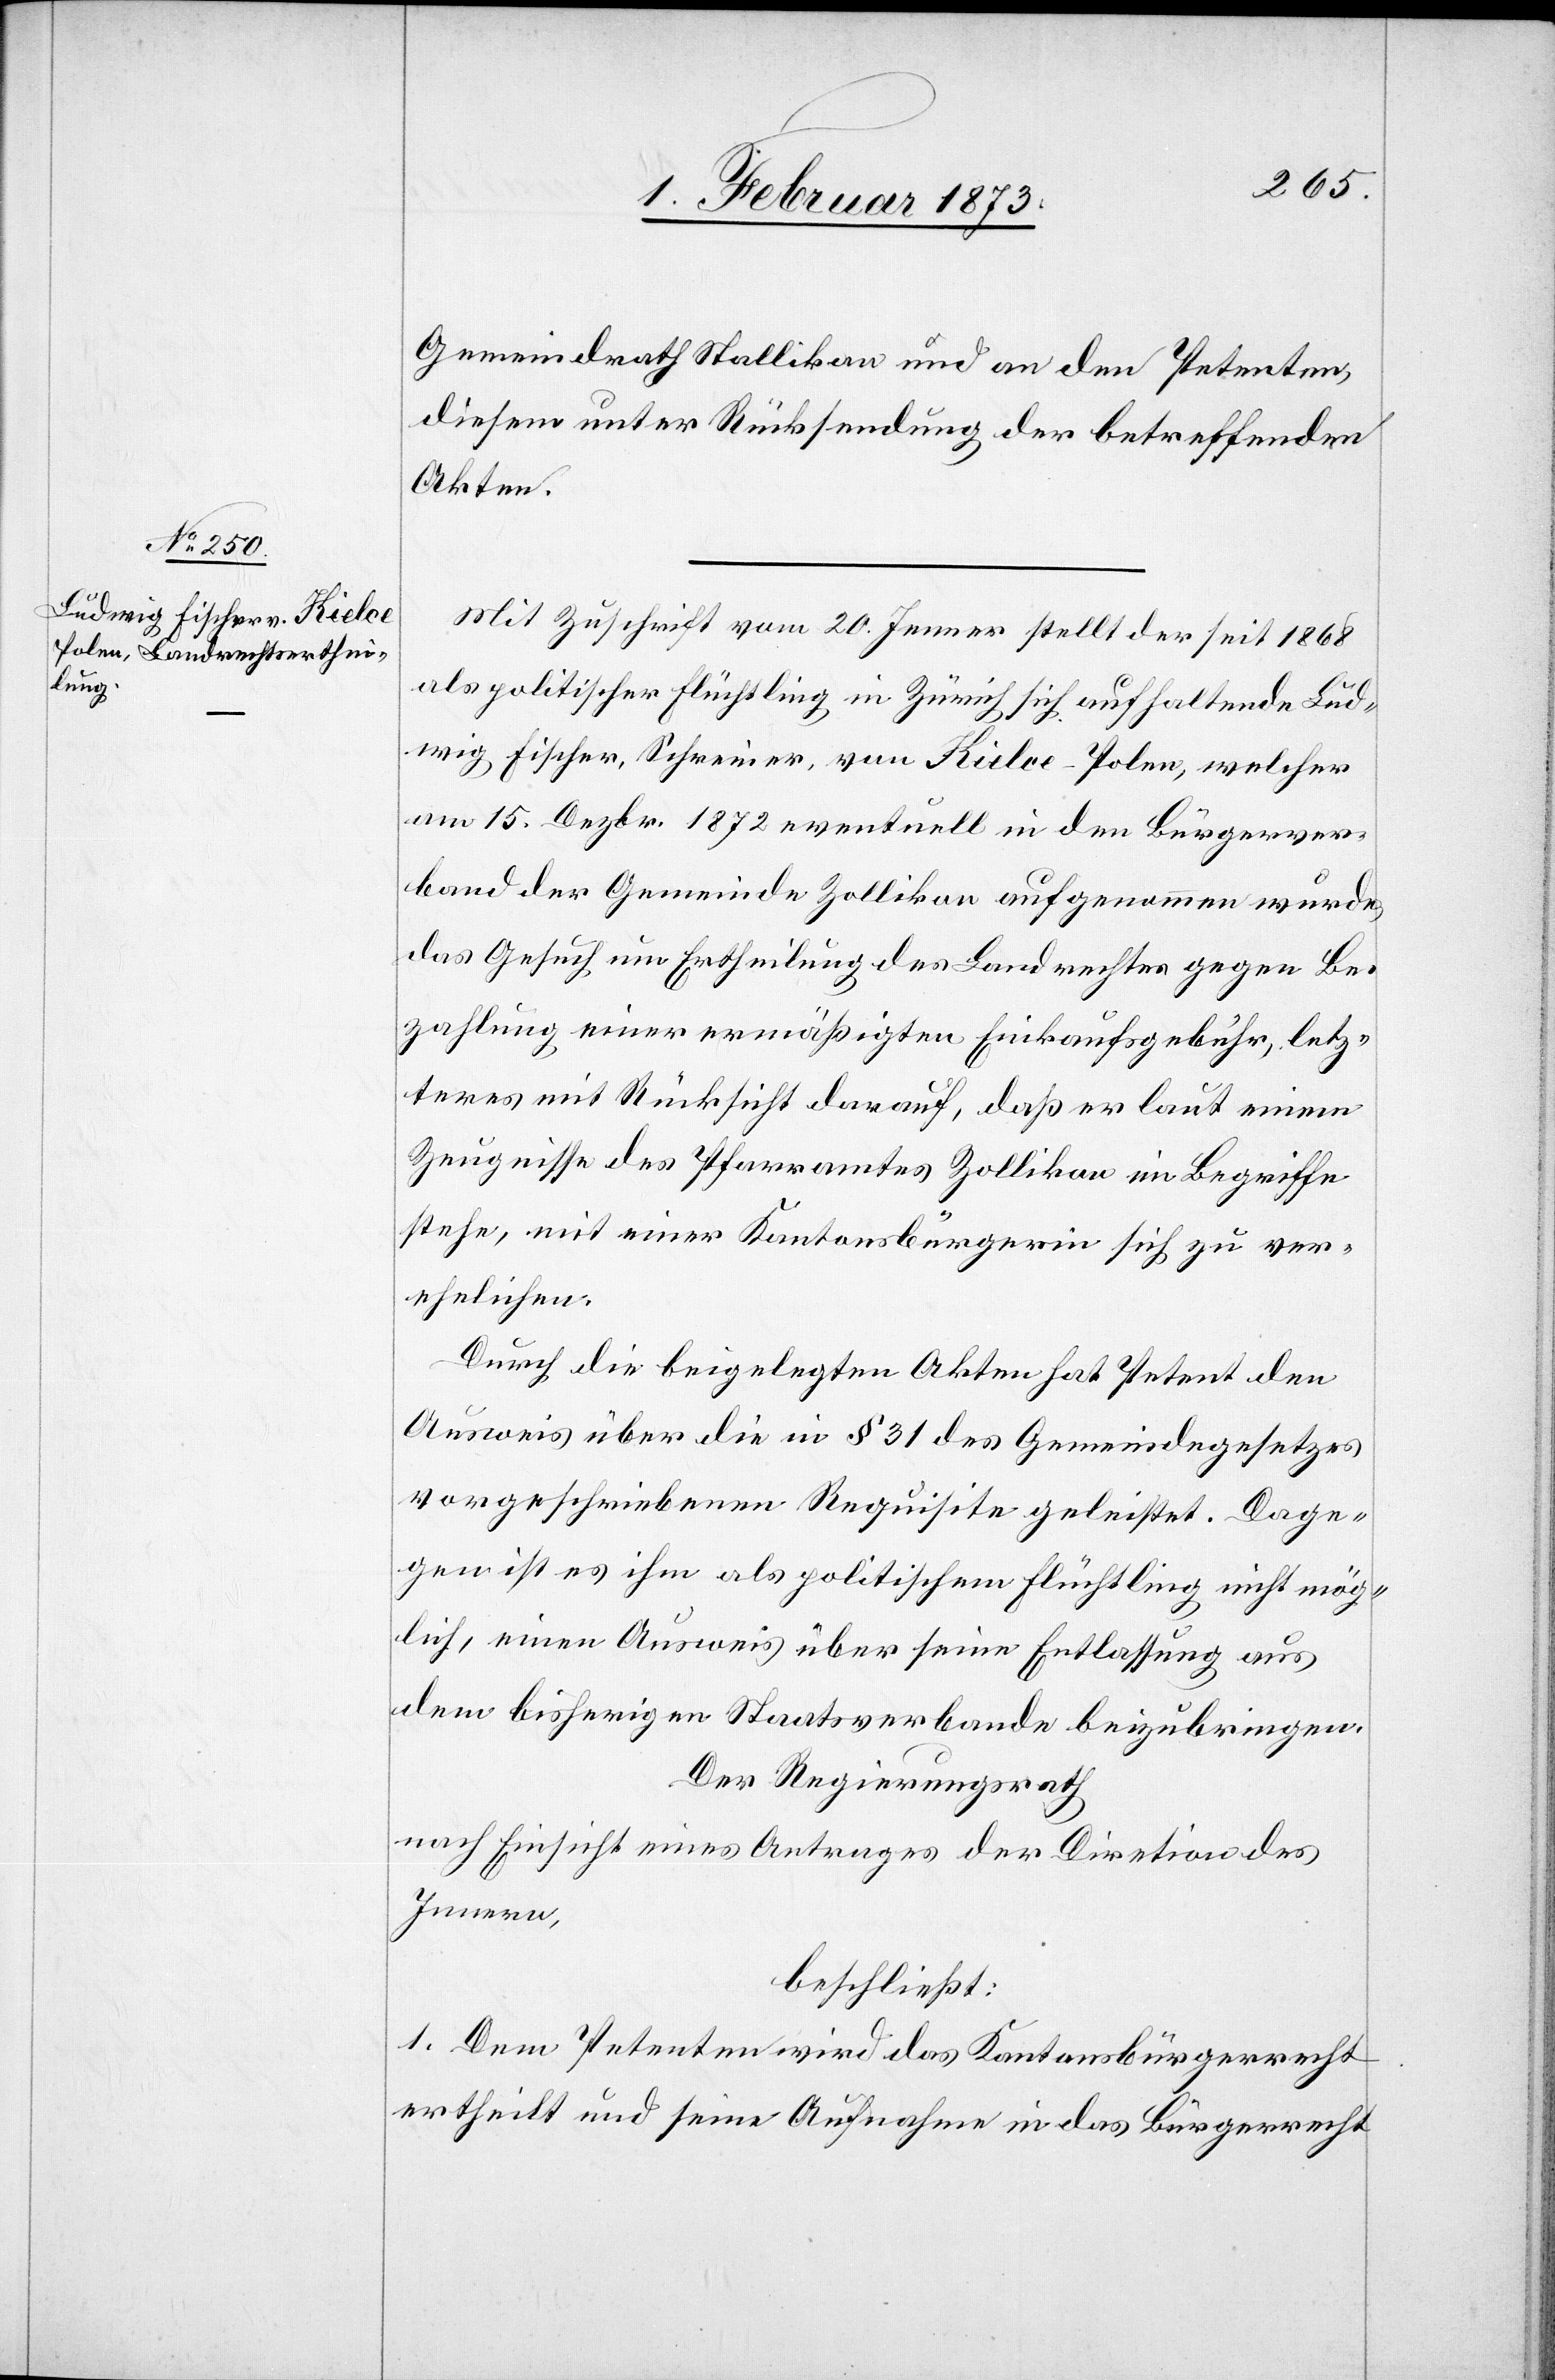
Gemeindrath Stallikon und an den Petenten,
diesem unter Rücksendung der betreffenden
Akten.
Mit Zuschrift vom 20. Jenner stellt der seit 1868
als politischer Flüchtling in Zürich sich aufhaltende Lud¬
wig Fischer, Schreiner, von Kielce-Polen, welcher
am 15. Dezbr. 1872 eventuell in den Bürgerver¬
band der Gemeinde Zollikon aufgenommen wurde,
das Gesuch um Ertheilung des Landrechtes gegen Be¬
zahlung einer ermäßigten Einkaufsgebühr, letz¬
teres mit Rücksicht darauf, daß er laut einem
Zeugnisse des Pfarramtes Zollikon im Begriffe
stehe, mit einer Kantonsbürgerin sich zu ver¬
ehelichen.
Durch die beigelegten Akten hat Petent den
Ausweis über die in § 31 des Gemeindegesetzes
vorgeschriebenen Requisite geleistet. Dage¬
gen ist es ihm als politischem Flüchtling nicht mög¬
lich, einen Ausweis über seine Entlassung aus
dem bisherigen Staatsverbande beizubringen.
Der Regierungsrath
nach Einsicht eines Antrages der Direktion des
Innern,
beschließt:
1. Dem Petenten wird das Kantonsbürgerrecht
ertheilt und seine Aufnahme in das Bürgerrecht